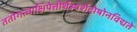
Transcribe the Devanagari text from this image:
ततोगत्वाक्षिपेत्तीर्थेस्पर्शदोषोनविद्यते